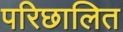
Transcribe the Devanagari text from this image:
परिछालित